画像に写った文字を読んでください
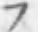
「フ」と書いてあります